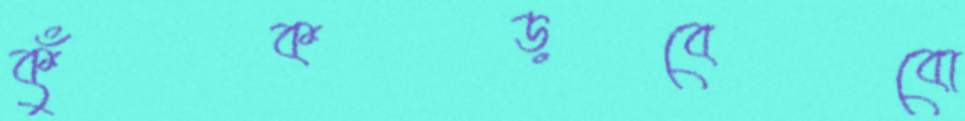
কুঁকড়বেবো